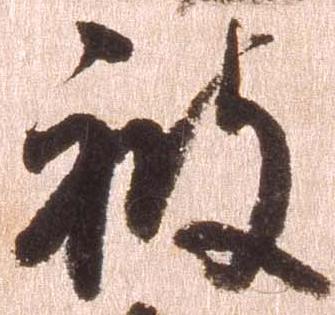
被